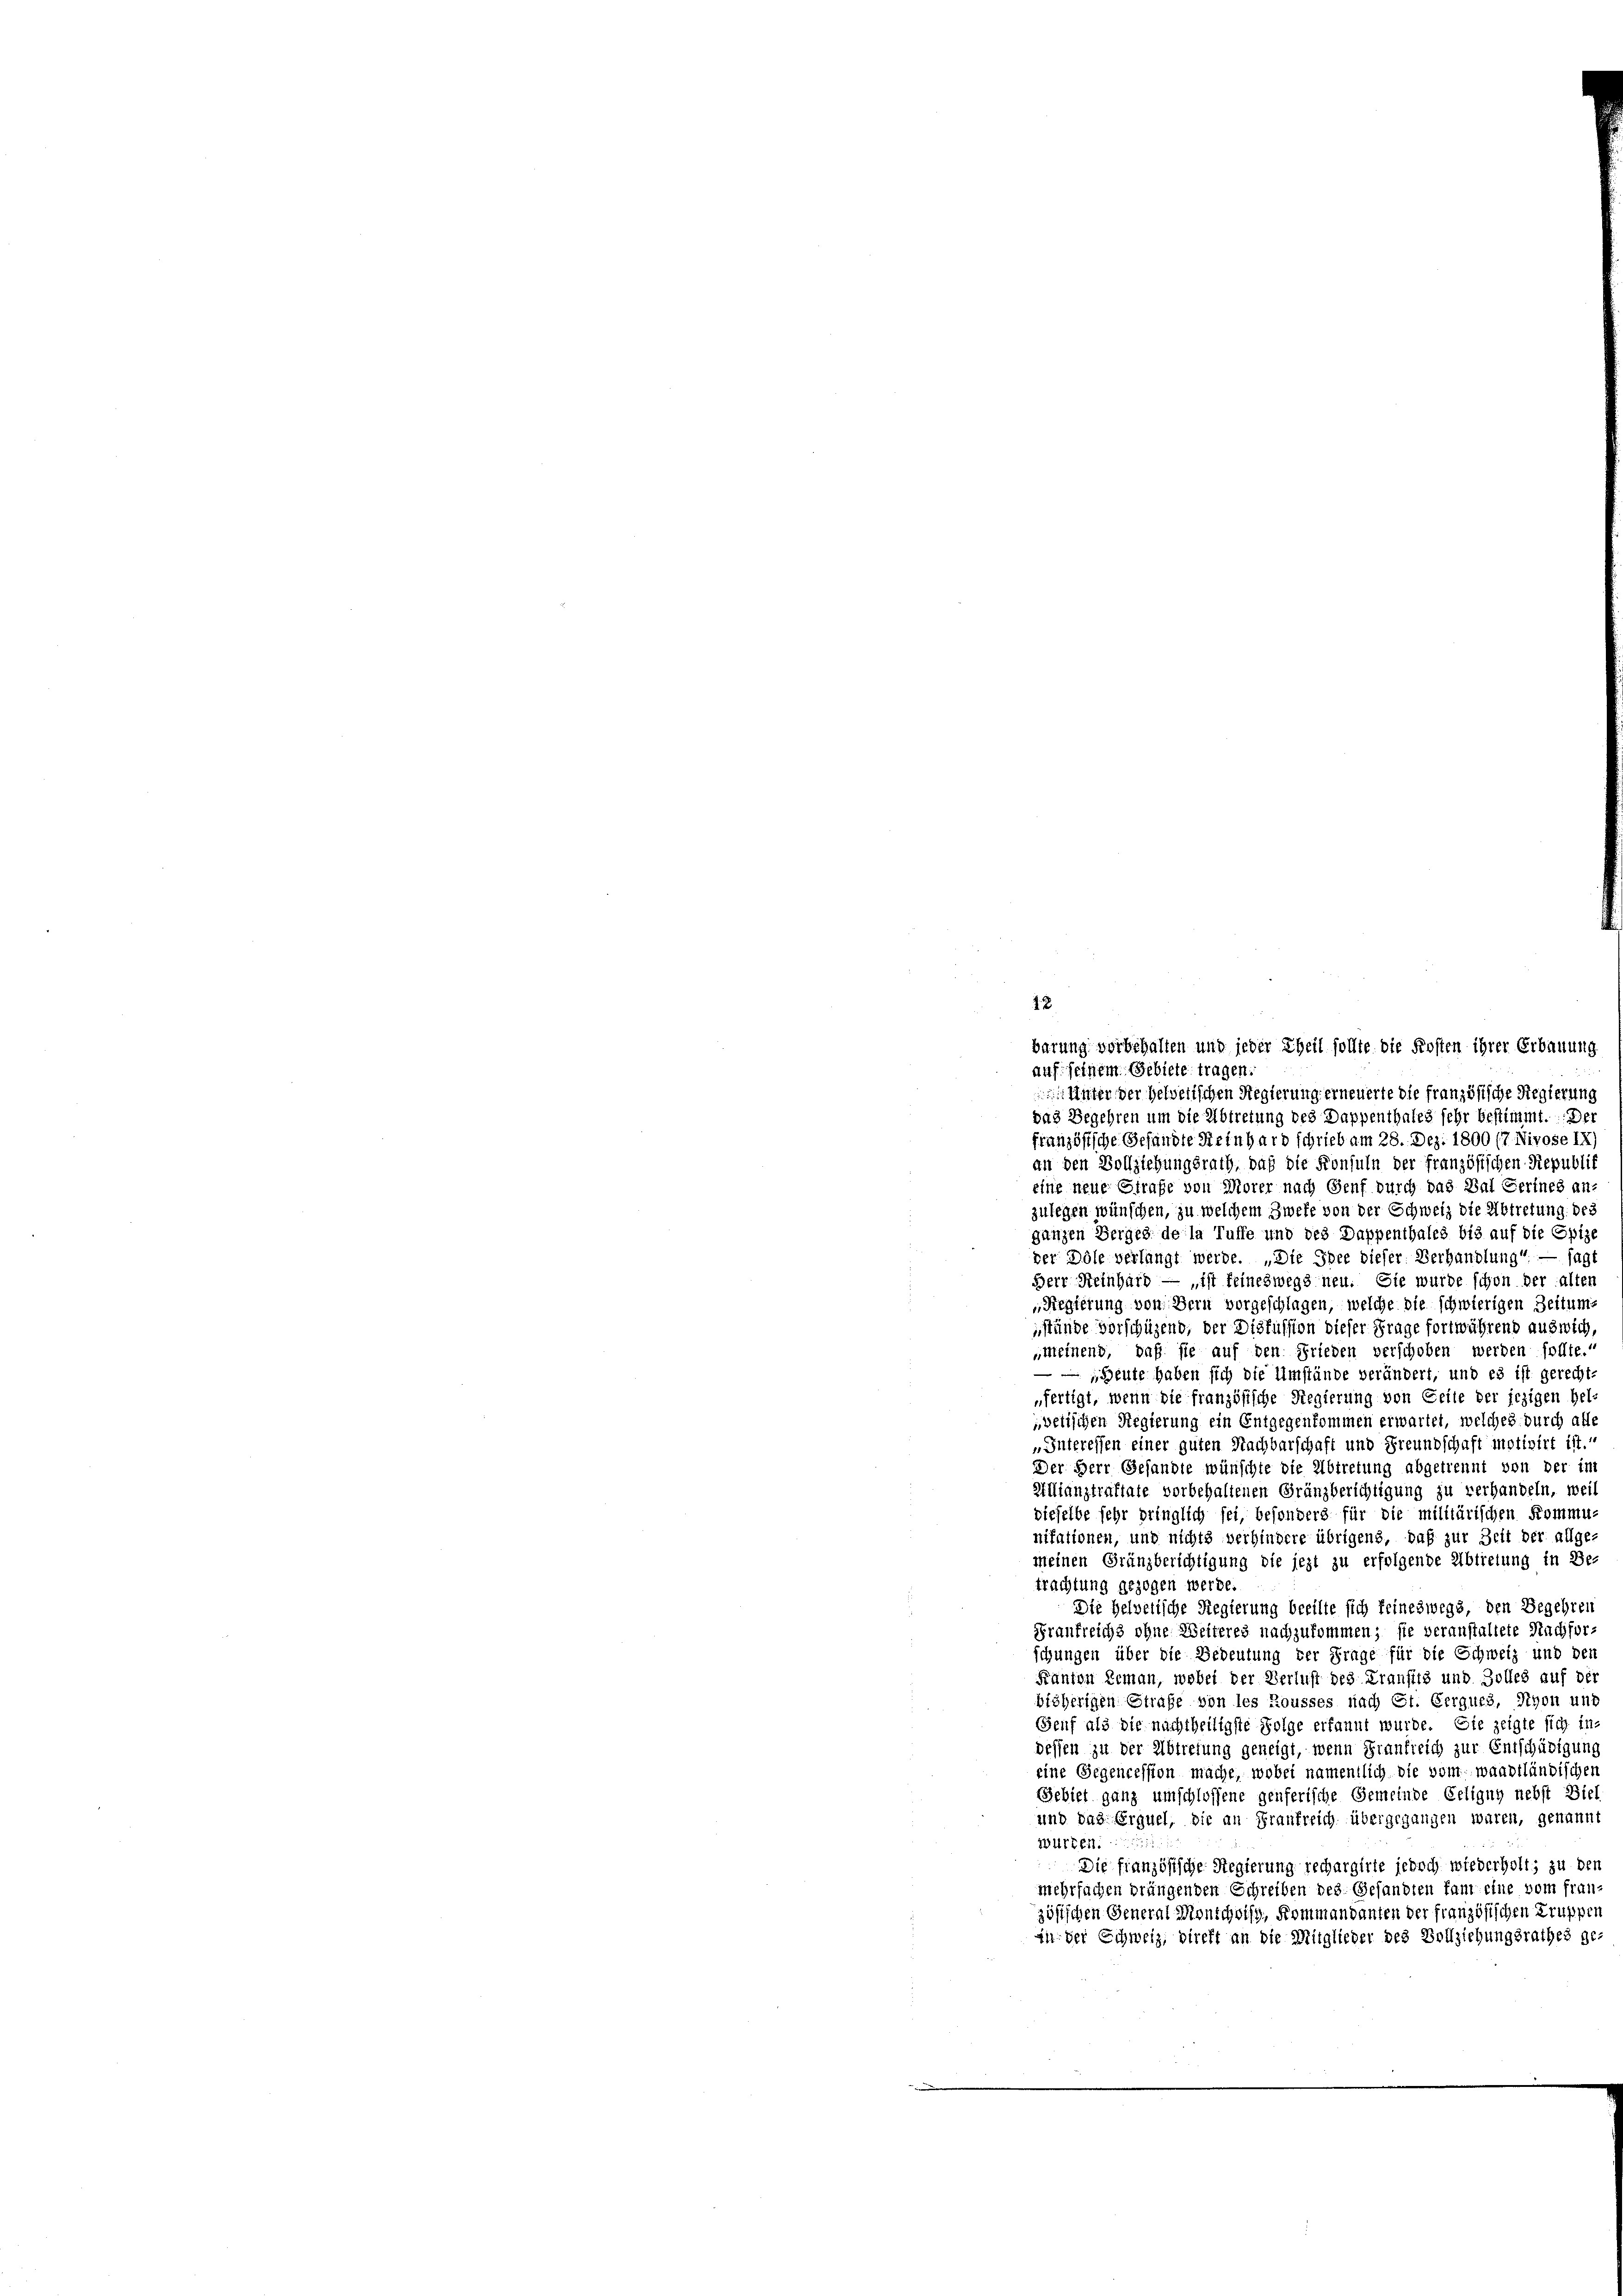
barung vorbehalten und jeder Theil sollte die Kosten ihrer Erbauung
auf seinem Gebiete tragen.
 Unter der Helvetischen Regierung erneuerte die französische Regierung
das Begehren um die Abtretung des Dappenthales sehr bestimmt. De
französische Gesandte Reinhard schrieb am 28. Dez. 1800 (7 Nivose IX)
an den Vollziehungsrath, daß die Konsuln der französischen Republik
eine neue Strafe von Morer nach Genf durch das Bal Serines an
zulegen wünschen, zu welchem Zweke von der Schweiz die Abtretung der
ganzen Berges de la Tuffe und des Dappenthales bis auf die Epize
der Dole verlangt werde. „Die Idee dieser Verhandlung“ — sage
Herr Reinhard — „ist feineswegs neu. Sie wurde schon der alten
Regierung von Bern vorgeschlagen, welche die schwierigen Zeitum
stände vorschüzend, der Diskussion dieser Frage fortwährend auswich,
„meinend, daß sie auf den Frieden verschoben werden sollte.
 „Heute haben sich die Umstände verändert, und es ist gerecht.
fertigt, wenn die französische Regierung von Zeite der jezigen hel-
vetischen Regierung ein Entgegenkommen erwartet, welches durch alle
„Interessen einer guten Nachbarschaft und Freundschaft motivirt ist.“
Der Herr Gesandte wünschte die Abtretung abgetrennt von der im
Milanstraftate vorbehaltenen Gränzberichtigung zu verhandeln, weil
dieselbe sehr pringlich sei, besonders für die militärischen Kommu-
nitationen, und nichts verhindere übrigens, daß zur Zeit der allge-
Meinen Gränzberichtigung die jezt zu erfolgende Abtretung in Be-
trachtung gezogen werde.
Die Helvetische Regierung beeilte sich keineswegs, den Begehren
Braufreichs ohne Weiteres nachzukommen; sie veranstaltete Nachforschungen über die Bedeutung der Frage für die Schweiz und den
Kanton Leman, wobei der Verlust des Kranfiis und Zolles auf der
bisherigen Strafe von les Rousses nach Ct. Cergues, Nyon und
Genf als die nachtheiligste Folge erkannt wurde. Die zeigte sich in-
dessen zu der Abtretung geneigt, wenn Frankreich zur Entschädigung
eine Gegencession mache, wobei namentlich die vom waadtländischen
Gebiet ganz umschlossene genferische Gemeinde Eeligny nebst Biel
und das Erguel, die an Frankreich übergegangen waren, genannt
Würten.
Die französische Regierung rechargirte jedoch wiederholt, zu den
mehrfachen bringenden Schreiben des Gesandten kam eine vom franz
zösischen General Monschwiss, Kommandanten der französischen Truppen
in der Schweiz, direkt an die Mitglieder des Vollziehungsrathes ge-

18